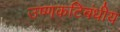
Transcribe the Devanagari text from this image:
उष्‍णकटिबंधीय